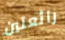
رائعتين